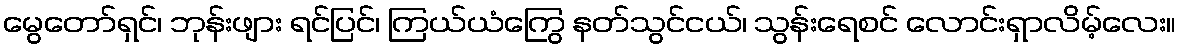
မွေတော်ရှင်၊ ဘုန်းဖျား ရင်ပြင်၊ ကြယ်ယံကြွေ နတ်သွင်ငယ်၊ သွန်းရေစင် လောင်းရှာလိမ့်လေး။